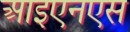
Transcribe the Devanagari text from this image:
आइएनएस